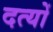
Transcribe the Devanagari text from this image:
दत्यों